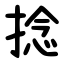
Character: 捻